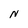
Character: N